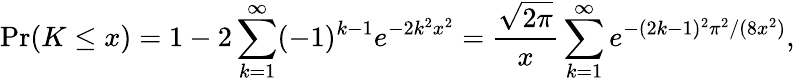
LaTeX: \Pr(K\leq x)=1-2\sum_{k=1}^{\infty}(-1)^{k-1}e^{-2k^{2}x^{2}}={\frac{\sqrt{2\pi}}{x}}\sum_{k=1}^{\infty}e^{-(2k-1)^{2}\pi^{2}/(8x^{2})},